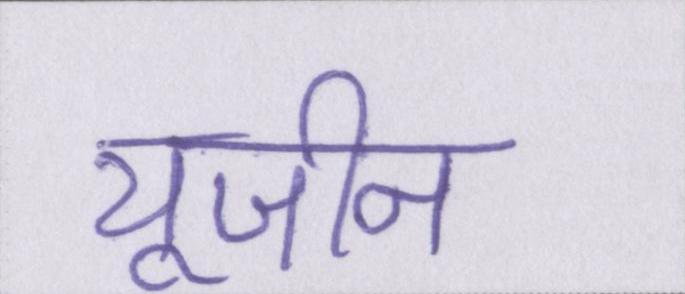
यूजीन